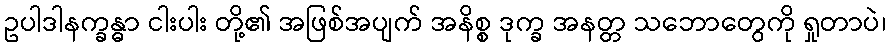
ဥပါဒါနက္ခန္ဓာ ငါးပါး တို့၏ အဖြစ်အပျက် အနိစ္စ ဒုက္ခ အနတ္တ သဘောတွေကို ရှုတာပဲ၊